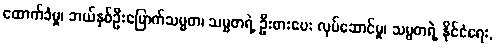
ထောက်ခံမှု၊ ဘယ်နှစ်ဦးမြောက်သမ္မတ၊ သမ္မတရဲ့ ဦးစားပေး လုပ်ဆောင်မှု၊ သမ္မတရဲ့ နိုင်ငံရေး,